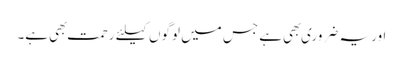
اور یہ ضروری بهی ہے جس میں لوگوں کیلئے رحمت بهی ہے۔